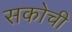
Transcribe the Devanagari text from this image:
सकोची